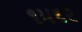
૧૫૬૨